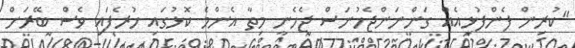
"ކުރިން ފެންފުޅިއެއް ގަންނަންޖެހުނަސް ޖެހެނީ މިތާ އެންމެ ކޮޅުގައި ހުރެފައި ވެސް ބޭރަށް